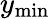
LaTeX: y_{\mathrm{min}}